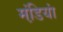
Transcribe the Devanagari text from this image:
मंडि़यां